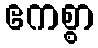
ဧကစ္စာ